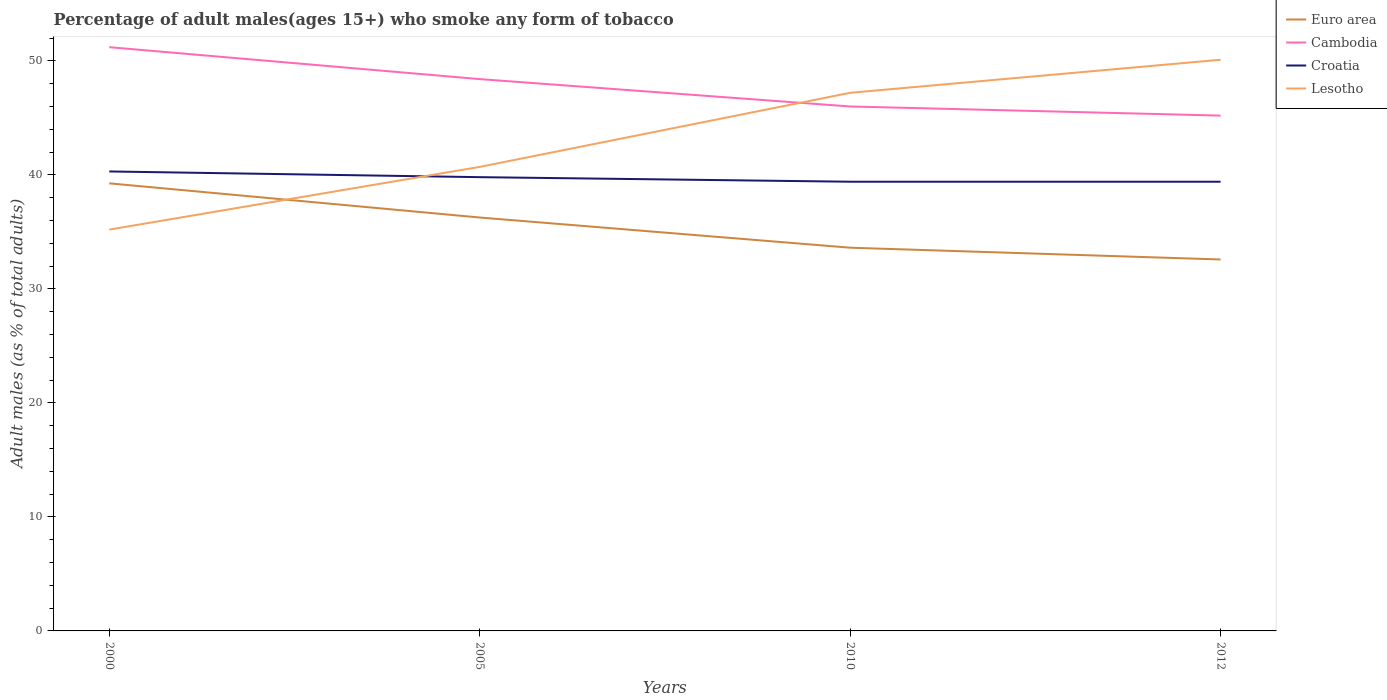
| Years | Euro area | Cambodia | Croatia | Lesotho |
 | --- | --- | --- | --- | --- |
 | 2000 | 39.3 | 51.2 | 40.3 | 35.2 |
 | 2005 | 36.3 | 48.4 | 39.8 | 40.7 |
 | 2010 | 33.6 | 46 | 39.4 | 47.2 |
 | 2012 | 32.6 | 45.2 | 39.4 | 50.1 |